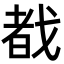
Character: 𫻷